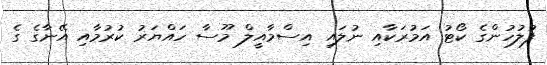
ފުލުހުންގެ ކޯޓު އަމުރަކާއި ނުލައި އިސްމާއީލް މޫސާ ހައްޔަރު ކުރުމާއި އޭނާގެ ގެ